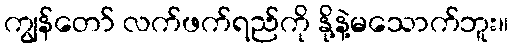
ကျွန်တော် လက်ဖက်ရည်ကို နို့နဲ့မသောက်ဘူး။